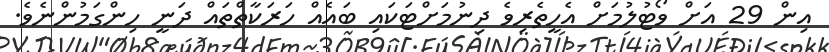
އިން 29 އަށް ވޯޓުލުމަށް އެހީތެރިވެ ދިނުމަށްޓަކައި ބައެއް ހަރަކާތްތައް ދަނީ ހިންގަމުންނެވެ.